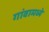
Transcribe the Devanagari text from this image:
गांवामध्ये